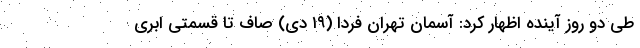
طی دو روز آینده اظهار کرد: آسمان تهران فردا (۱۹ دی) صاف تا قسمتی ابری